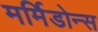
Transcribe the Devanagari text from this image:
मर्मिडोन्स